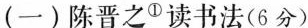
(一)陈晋之^{①}读书法(6分)